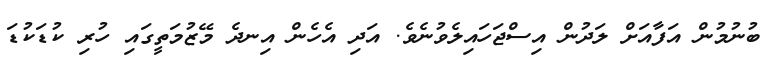
ބުނުމުން އަފާއަށް ލަދުން އިސްޖަހައިލެވުނެވެ. އަދި އެހެން އިނދެ މޭޒުމަތީގައި ހުރި ކުޑަކުޑަ